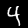
Digit: 4